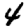
Digit: 4